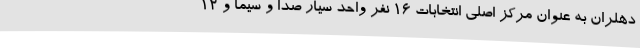
دهلران به عنوان مرکز اصلی انتخابات 16 نفر واحد سیار صدا و سیما و 12